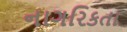
નાગરિકતા